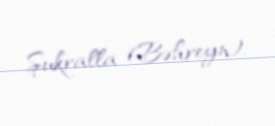
Şukralla (Bəhreyn).